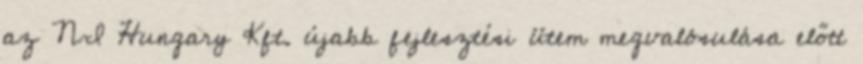
az NI Hungary Kft. újabb fejlesztési ütem megvalósulása előtt